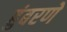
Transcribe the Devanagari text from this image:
हुंबरणे